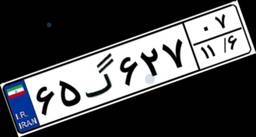
۶۵گ۶۲۷۰۷